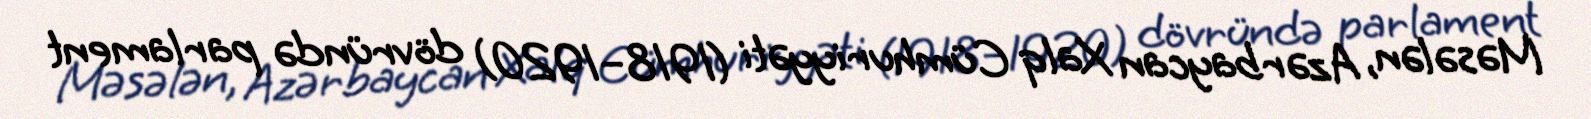
Məsələn, Azərbaycan Xalq Cümhuriyyəti (1918–1920) dövründə parlament